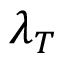
\lambda _ { T }